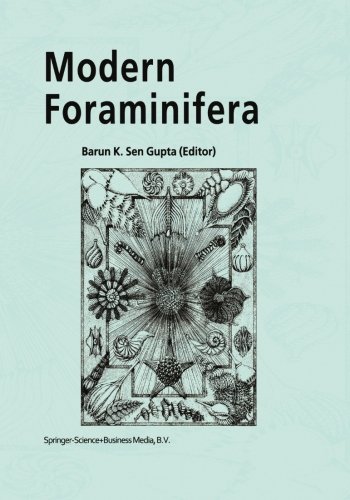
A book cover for Modern Foraminifera; Science & Math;